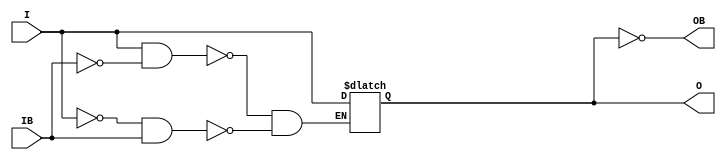
// $Header: /devl/xcs/repo/env/Databases/CAEInterfaces/verunilibs/s/IBUFGDS_DIFF_OUT.v,v 1.2.22.1 2003/11/18 20:41:34 wloo Exp $

/*

FUNCTION	: INPUT BUFFER

*/

`timescale  100 ps / 10 ps


module IBUFGDS_DIFF_OUT (O, OB, I, IB);

    parameter IOSTANDARD = "LVDS_25";

    output O, OB;

    input  I, IB;

    reg  o_out;

    buf B0 (O, o_out);
    not B1 (OB, o_out);

    always @(I or IB) begin
	if (I == 1'b1 && IB == 1'b0)
	    o_out <= I;
	else if (I == 1'b0 && IB == 1'b1)
	    o_out <= I;
    end

    specify
	(I  *>  O) = (0, 0);
	(IB *>  O) = (0, 0);
	(I  *> OB) = (0, 0);
	(IB *> OB) = (0, 0);
    endspecify

endmodule